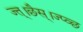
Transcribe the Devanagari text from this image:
ज्त्।छैस्।ज्प्व्छ